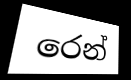
රෙන්